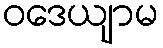
ဝဒေယျာမ